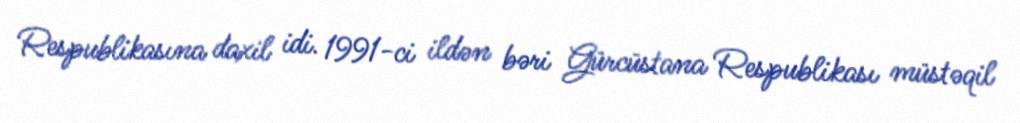
Respublikasına daxil idi. 1991-ci ildən bəri Gürcüstana Respublikası müstəqil